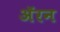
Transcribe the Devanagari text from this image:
अॅरन